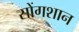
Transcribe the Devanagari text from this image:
सोंगशान